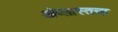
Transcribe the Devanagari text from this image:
ओब्लास्तला